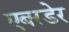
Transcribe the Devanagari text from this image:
एबरडेर